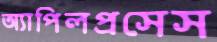
অ্যাপিলপ্রসেস